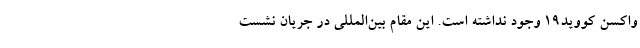
واکسن کووید۱۹ وجود نداشته است. این مقام بین‌المللی در جریان نشست